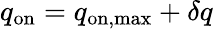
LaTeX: q_{\mathrm{on}}=q_{\mathrm{on,max}}+\delta q